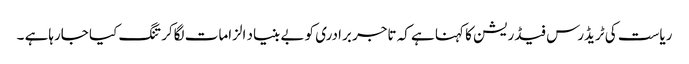
ریاست کی ٹریڈرس فیڈریشن کا کہنا ہے کہ تاجر برادری کو بے بنیاد الزامات لگاکر تنگ کیا جارہاہے ۔